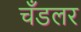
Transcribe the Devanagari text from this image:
चँडलर